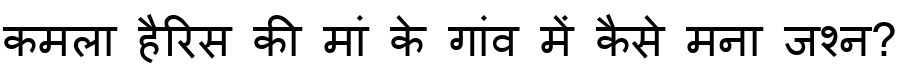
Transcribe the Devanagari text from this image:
कमला हैरिस की मां के गांव में कैसे मना जश्न?